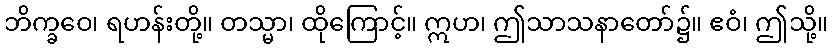
ဘိက္ခဝေ၊ ရဟန်းတို့။ တသ္မာ၊ ထိုကြောင့်။ ဣဟ၊ ဤသာသနာတော်၌။ ဧဝံ၊ ဤသို့။